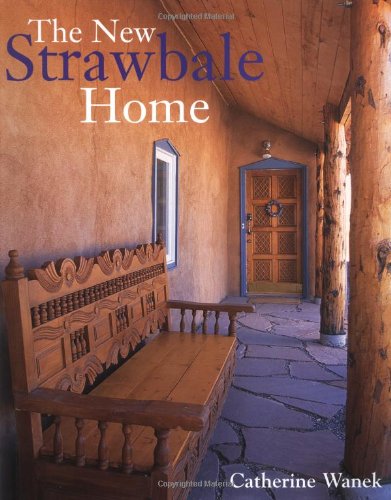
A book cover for New Strawbale Home, The; Catherine Wanek; Crafts, Hobbies & Home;